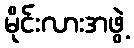
မိုင်းလားအဖွဲ့